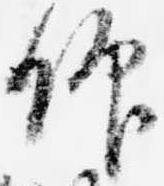
仰